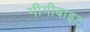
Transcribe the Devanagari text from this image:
गीगीबाइट